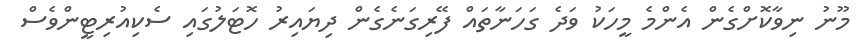
މޫނު ނިވާކޮށްގެން އެންމެ މީހަކު ވަދެ ގަހަނާތައް ފޭރިގަނެގެން ދިޔައިރު ހޮޓަލުގައި ސެކިއުރިޓީންވެސް